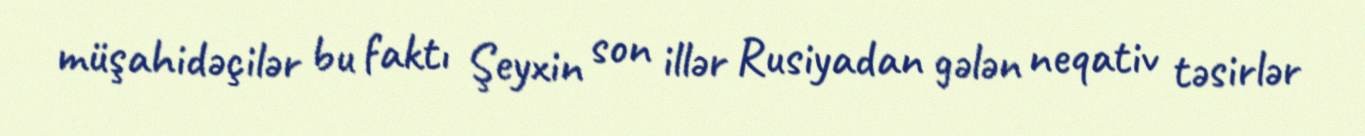
müşahidəçilər bu faktı Şeyxin son illər Rusiyadan gələn neqativ təsirlər